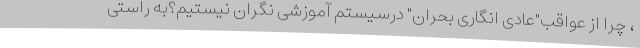
، چرا از عواقب"عادی انگاری بحران" درسیستم آموزشی نگران نیستیم؟به راستی